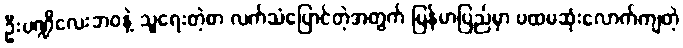
ဦးပဏ္ဍိလေးဘဝနဲ့ သူရေးတဲ့စာ လက်သံပြောင်တဲ့အတွက် မြန်မာပြည်မှာ ပထမဆုံးလောက်ကျတဲ့